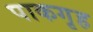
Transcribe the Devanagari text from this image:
पाकगृह